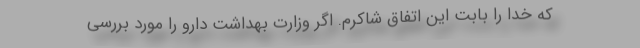
که خدا را بابت این اتفاق شاکرم. اگر وزارت بهداشت دارو را مورد بررسی